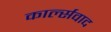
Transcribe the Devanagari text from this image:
कार्ल्सवाद